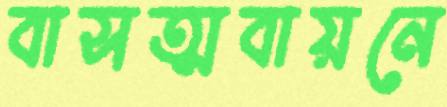
বাসত্মবায়নে